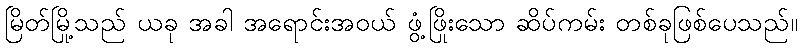
မြိတ်မြို့သည် ယခု အခါ အရောင်းအဝယ် ဖွံ့ဖြိုးသော ဆိပ်ကမ်း တစ်ခုဖြစ်ပေသည်။